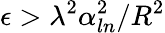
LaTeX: \epsilon>\lambda^{2}\alpha_{ln}^{2}/R^{2}